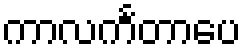
ကာလင်္ကတာပေ